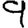
Digit: 9